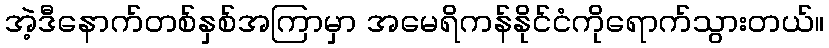
အဲ့ဒီနောက်တစ်နှစ်အကြာမှာ အမေရိကန်နိုင်ငံကိုရောက်သွားတယ်။